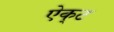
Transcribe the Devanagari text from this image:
ऐक्‌ट